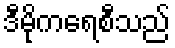
ဒီမိုကရေစီသည်